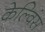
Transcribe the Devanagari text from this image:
केल्विंस